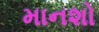
માનશો